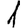
Digit: 1